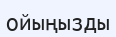
ойыңызды